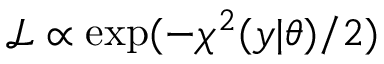
\mathcal { L } \propto \exp ( - \chi ^ { 2 } ( y | \theta ) / 2 )